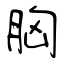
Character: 胸